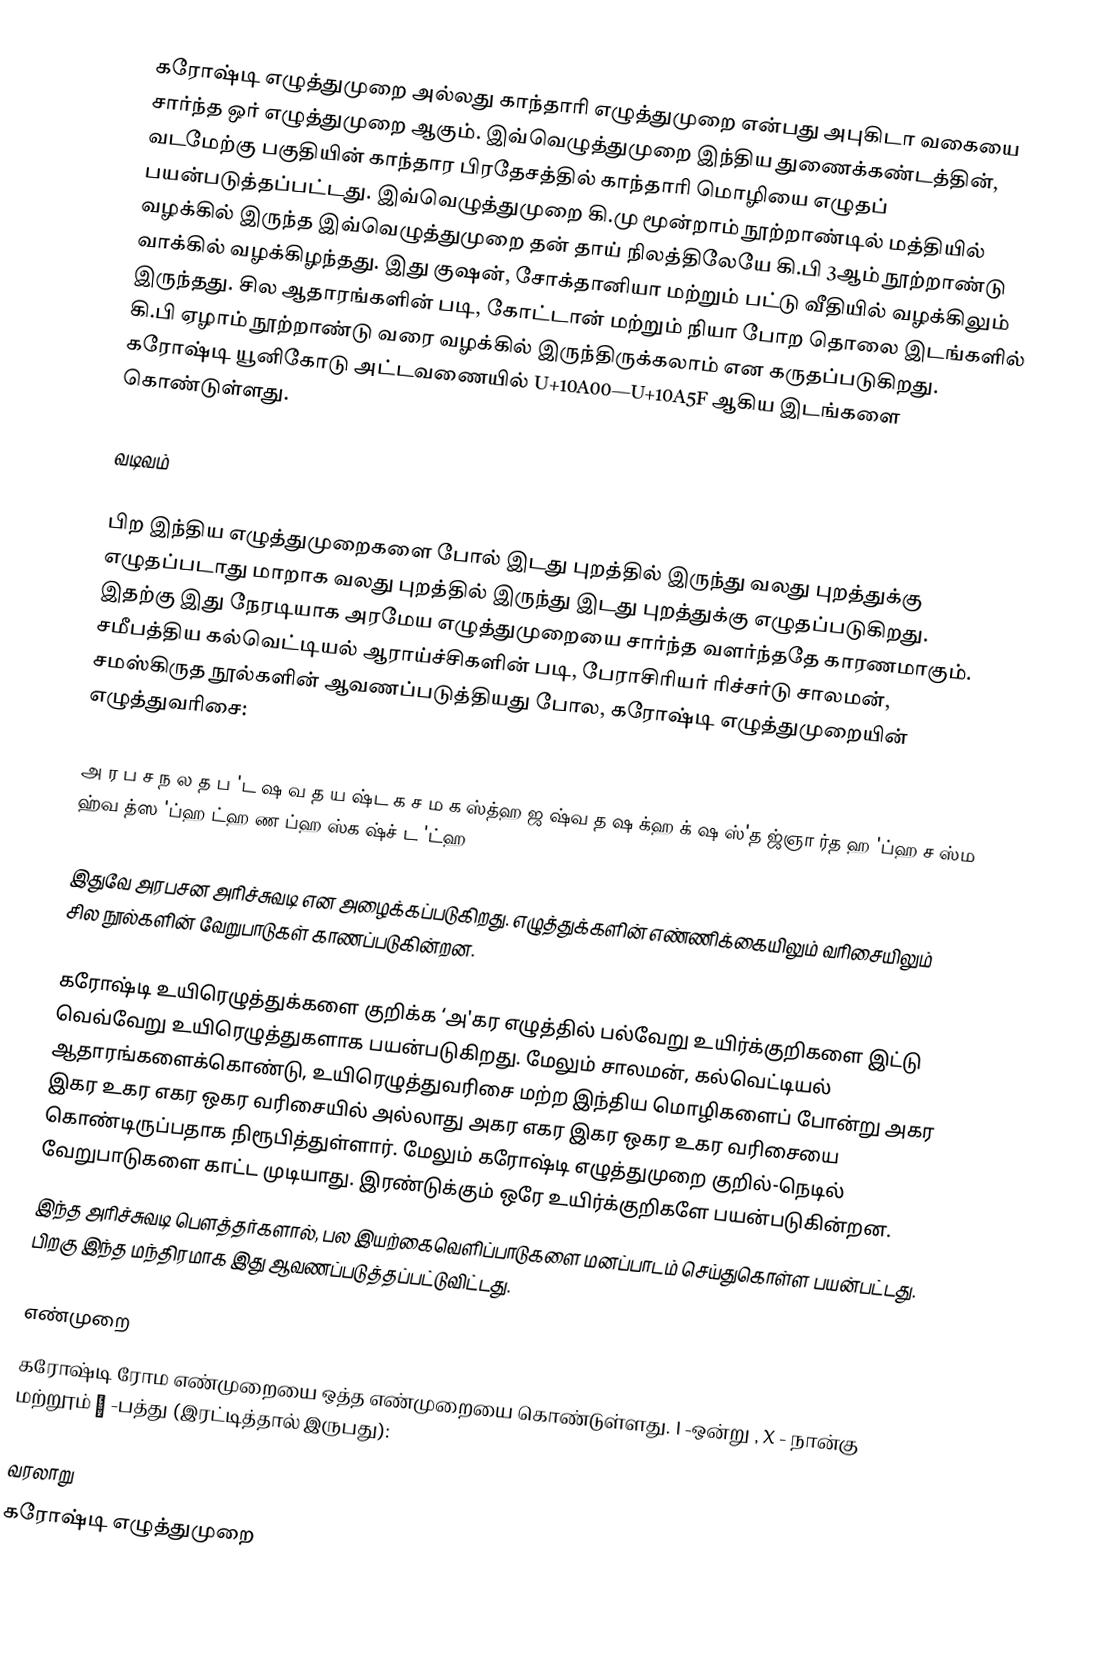
கரோஷ்டி எழுத்துமுறை  அல்லது காந்தாரி எழுத்துமுறை என்பது அபுகிடா வகையை சார்ந்த ஒர் எழுத்துமுறை ஆகும். இவ்வெழுத்துமுறை இந்திய துணைக்கண்டத்தின், வடமேற்கு பகுதியின் காந்தார பிரதேசத்தில் காந்தாரி மொழியை எழுதப் பயன்படுத்தப்பட்டது. இவ்வெழுத்துமுறை கி.மு மூன்றாம் நூற்றாண்டில் மத்தியில் வழக்கில் இருந்த இவ்வெழுத்துமுறை தன் தாய் நிலத்திலேயே கி.பி 3ஆம் நூற்றாண்டு வாக்கில் வழக்கிழந்தது. இது குஷன், சோக்தானியா மற்றும் பட்டு வீதியில் வழக்கிலும் இருந்தது. சில ஆதாரங்களின் படி, கோட்டான் மற்றும் நியா போற தொலை இடங்களில் கி.பி ஏழாம் நூற்றாண்டு வரை வழக்கில் இருந்திருக்கலாம் என கருதப்படுகிறது. கரோஷ்டி யூனிகோடு அட்டவணையில் U+10A00—U+10A5F ஆகிய இடங்களை கொண்டுள்ளது.

வடிவம்

பிற இந்திய எழுத்துமுறைகளை போல் இடது புறத்தில் இருந்து வலது புறத்துக்கு எழுதப்படாது மாறாக வலது புறத்தில் இருந்து இடது புறத்துக்கு எழுதப்படுகிறது. இதற்கு இது நேரடியாக அரமேய எழுத்துமுறையை சார்ந்த வளர்ந்ததே காரணமாகும். சமீபத்திய கல்வெட்டியல் ஆராய்ச்சிகளின் படி, பேராசிரியர் ரிச்சர்டு சாலமன், சமஸ்கிருத நூல்களின் ஆவணப்படுத்தியது போல, கரோஷ்டி எழுத்துமுறையின் எழுத்துவரிசை:

அ ர ப ச ந ல த ப 'ட ஷ வ த ய ஷ்ட க ச ம க ஸ்த்ஹ ஜ ஷ்வ த ஷ க்ஹ க் ஷ ஸ்'த ஜ்ஞா ர்த ஹ 'ப்ஹ ச ஸ்ம ஹ்வ த்ஸ 'ப்ஹ ட்ஹ ண ப்ஹ ஸ்க ஷ்ச் ட 'ட்ஹ

இதுவே அரபசன அரிச்சுவடி என அழைக்கப்படுகிறது. எழுத்துக்களின் எண்ணிக்கையிலும் வரிசையிலும் சில நூல்களின் வேறுபாடுகள் காணப்படுகின்றன.

கரோஷ்டி உயிரெழுத்துக்களை குறிக்க ‘அ'கர எழுத்தில் பல்வேறு உயிர்க்குறிகளை இட்டு வெவ்வேறு உயிரெழுத்துகளாக பயன்படுகிறது. மேலும் சாலமன், கல்வெட்டியல் ஆதாரங்களைக்கொண்டு, உயிரெழுத்துவரிசை மற்ற இந்திய மொழிகளைப் போன்று அகர இகர உகர எகர ஒகர வரிசையில் அல்லாது அகர எகர இகர ஒகர உகர வரிசையை கொண்டிருப்பதாக நிரூபித்துள்ளார். மேலும் கரோஷ்டி எழுத்துமுறை குறில்-நெடில் வேறுபாடுகளை காட்ட முடியாது. இரண்டுக்கும் ஒரே உயிர்க்குறிகளே பயன்படுகின்றன.
இந்த அரிச்சுவடி பௌத்தர்களால், பல இயற்கைவெளிப்பாடுகளை மனப்பாடம் செய்துகொள்ள பயன்பட்டது. பிறகு இந்த மந்திரமாக இது ஆவணப்படுத்தப்பட்டுவிட்டது.

எண்முறை
கரோஷ்டி ரோம எண்முறையை ஒத்த எண்முறையை கொண்டுள்ளது. I -ஒன்று , X - நான்கு மற்றூம் ੭ -பத்து (இரட்டித்தால் இருபது):

வரலாறு
கரோஷ்டி எழுத்துமுறை